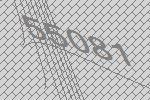
55081